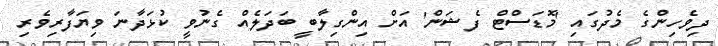
ދިވެހިންގެ މެދުގައި 'މޮޑަސްޓް ފެޝަން' އަށް އިންގިލާބީ ބަަދަލެއް ގެނުވީ ކުޅަދާނަ ވިޔަފާރިވެރި